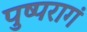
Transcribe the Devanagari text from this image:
पुष्परागं